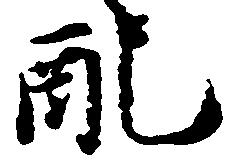
配